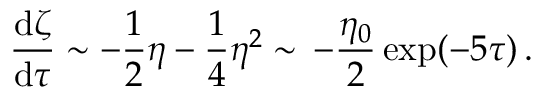
\frac { \mathrm { d } \zeta } { \mathrm { d } \tau } \sim - \frac { 1 } { 2 } \eta - \frac { 1 } { 4 } \eta ^ { 2 } \sim \, - \frac { \eta _ { 0 } } { 2 } \exp ( - 5 \tau ) \, .